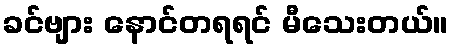
ခင်ဗျား နောင်တရရင် မီသေးတယ်။